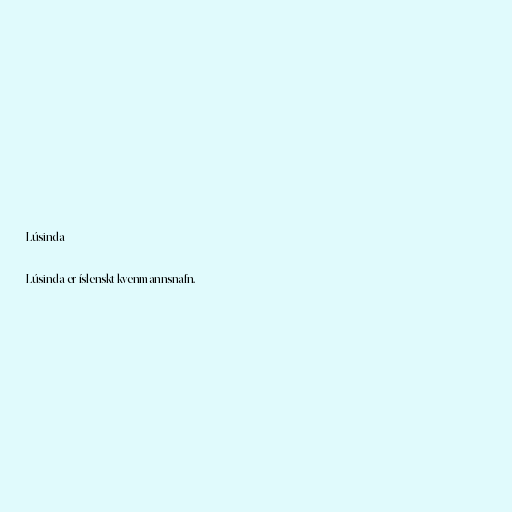
Lúsinda

Lúsinda er íslenskt kvenmannsnafn.